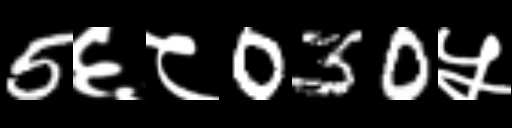
Text: 5६८030५